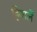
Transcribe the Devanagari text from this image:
हियार्ले